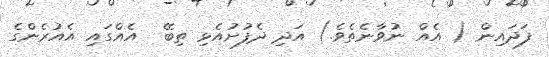
ފަދައިން ( އެއް ނުވާނެތެވެ.) އަދި ދެފުށުއެޅި ތިބޭ  އެއްގައި އެއުރެންގެ